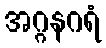
အဂ္ဂနဂရံ